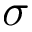
\sigma